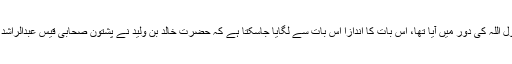
پشتون قبائیل کے مغربی علاقوں میں تو اسلام رسول اللہ کی دور میں آیا تھا، اس بات کا اندازا اس بات سے لگایا جاسکتا ہے کہ حضرت خالد بن ولید نے پشتون صحابی قیس عبدالراشد کو رسول اللہ سے مسجد نبوی میں ملاقات کرائی۔